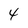
Character: 4